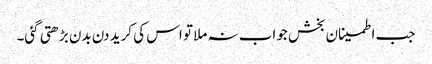
جب اطمینان بخش جواب نہ ملا تو اس کی کرید دن بدن بڑھتی گئی۔